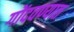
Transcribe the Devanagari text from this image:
गोंदवण्यात